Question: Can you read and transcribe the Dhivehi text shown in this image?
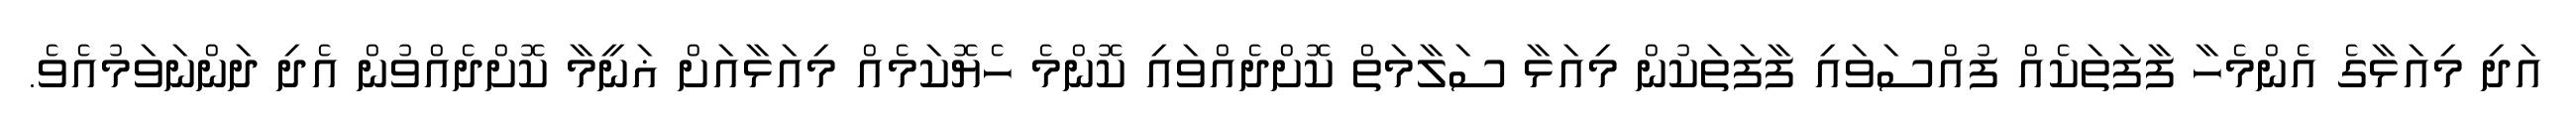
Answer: އަދި މިއަޅާގެ އެންމެހާ ފާފަތަކެއް ފުއްސަވައި ފާފަތަކުން މިއަޅާ ސަލާމަތް ކޮށްދެއްވައި ކޮންމެ ހެޔޮކަމެއް މިއަޅާއަށް ޣަނީމާ ކޮށްދެއްވުން އެދި ދަންނަވަމުއެވެ.